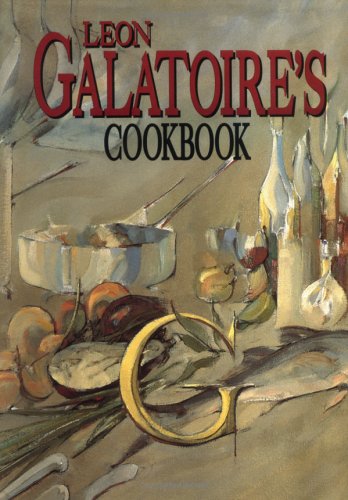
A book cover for Leon Galatoire's Cookbook; Leon Galatoire; Cookbooks, Food & Wine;